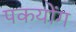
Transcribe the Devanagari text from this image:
पकयोंग